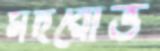
মদরোভ